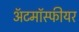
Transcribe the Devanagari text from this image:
ॲटमॉस्फीयर